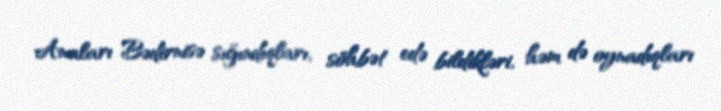
Anaları Bədirnisə sığındıqları, söhbət edə bildikləri, həm də oynadıqları